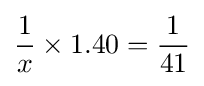
{\frac {1}{x}}\times 1.40={\frac {1}{41}}